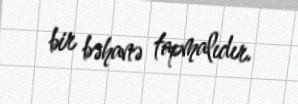
bir bəhanə tapmalıdır.